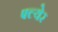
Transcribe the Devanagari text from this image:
फ्ल्येर